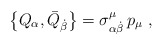
\begin{align*}\left\{ Q_\alpha ,\bar{Q}_{\dot{\beta}}\right\} =\sigma _{\alpha \dot{\beta}}^\mu \,p_\mu \,\,,\end{align*}